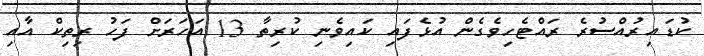
ކުޑައިރުއްސުރެ ރައްޓެހިވެގެން އުޅެފައި ކައިވެނި ކުރިތާ 13 އަހަރަށް ފަހު ރިތިކް އާއި